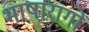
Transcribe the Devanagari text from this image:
भाषारागों